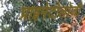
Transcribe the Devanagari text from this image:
प्राइमेटोलोजी